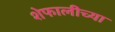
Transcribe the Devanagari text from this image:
शेफालीच्या